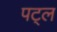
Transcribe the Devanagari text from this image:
पट्ल